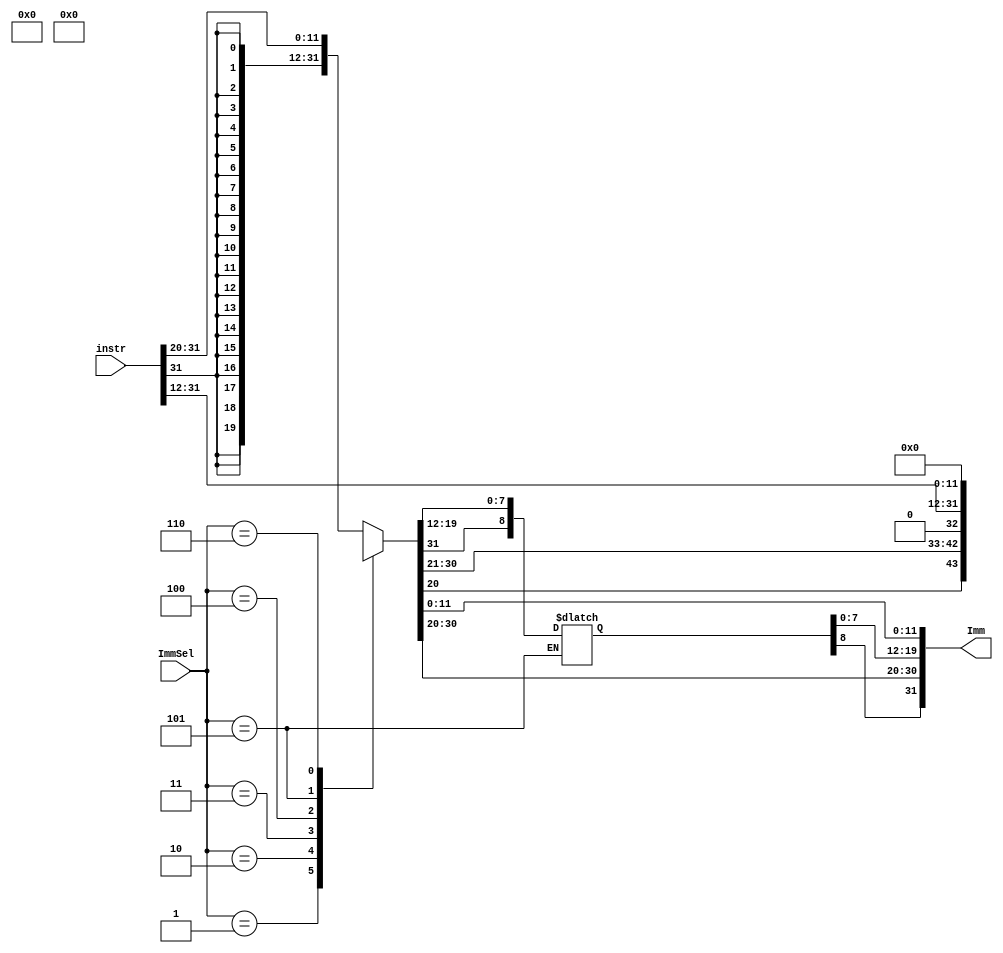
module Imm_Gen#(parameter WIDTH=32)(
    input[31:0] instr,
    input [2:0] ImmSel,
    output reg [WIDTH-1:0]Imm

);



always @(*) begin
    case(ImmSel)
        0:Imm=$signed(instr[31:20]);
        1:Imm=$unsigned(instr[31:20]);
        2:Imm=$unsigned(instr[24:20]);
        3:Imm=$unsigned({instr[31:25],instr[11:7]});
        4:Imm=$signed({instr[31],instr[7],instr[30:25],instr[11:8],1'b0});
        5:Imm=$signed({Imm[31],Imm[19:12],Imm[20],Imm[30:21],1'b0});
        6:Imm={instr[31:12],12'h000};
        default:Imm=$signed(instr[31:20]);
    endcase
end




endmodule